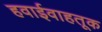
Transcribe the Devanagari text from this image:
हवाईवाहतूक